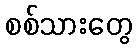
စစ်သားတွေ